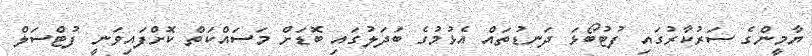
ޔާމީންގެ ސަރުކާރުގައި ފުޓުބޯޅަ ދަނޑުތައް އެޅުމުގެ ބަދަލުގައި ބޮޑަށް މަސައްކަތް ކޮށްފައިވަނީ ފުޓްސަލް